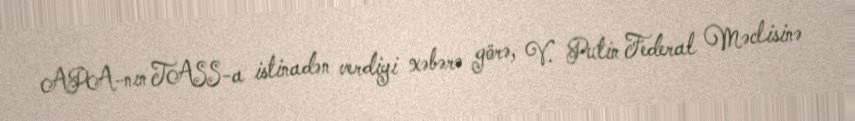
APA-nın TASS-a istinadən verdiyi xəbərə görə, V. Putin Federal Məclisinə